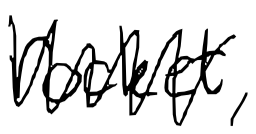
Text: rocket,
Cross-out: zig-zag
Writing tool: digital_black